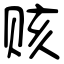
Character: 赅